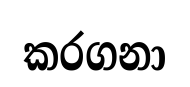
කරගනා